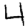
Digit: 4